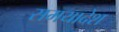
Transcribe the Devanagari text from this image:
समयादेश